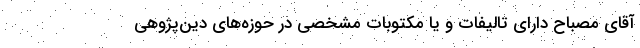
آقای مصباح دارای تالیفات و یا مکتوبات مشخصی در حوزه‌های دین‌پژوهی